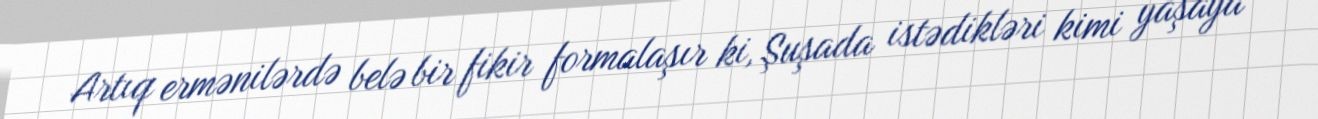
Artıq ermənilərdə belə bir fikir formalaşır ki, Şuşada istədikləri kimi yaşaya